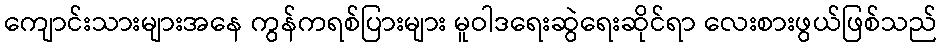
ကျောင်းသားများအနေ ကွန်ကရစ်ပြားများ မူဝါဒရေးဆွဲရေးဆိုင်ရာ လေးစားဖွယ်ဖြစ်သည်